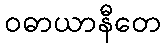
ဝဓာယာနီတေ